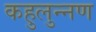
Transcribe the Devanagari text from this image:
कहुलुन्नण